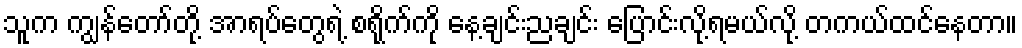
သူက ကျွန်တော်တို့ အာရပ်တွေရဲ့ စရိုက်ကို နေ့ချင်းညချင်း ပြောင်းလို့ရမယ်လို့ တကယ်ထင်နေတာ။